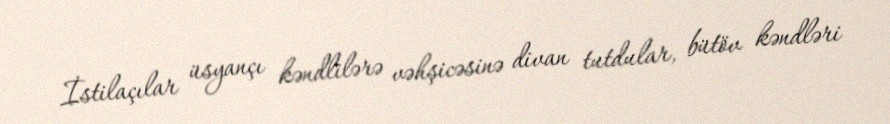
İstilaçılar üsyançı kəndlilərə vəhşicəsinə divan tutdular, bütöv kəndləri